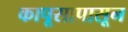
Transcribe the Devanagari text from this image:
कापूसापासून